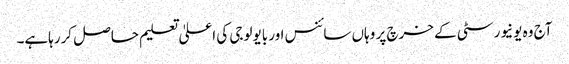
آج وہ یونیورسٹی کے خرچ پر وہاں سائنس اور بایولوجی کی اعلیٰ تعلیم حاصل کررہاہے۔